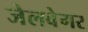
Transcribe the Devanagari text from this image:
जेलवेगर